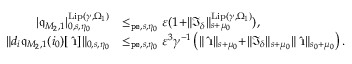
\begin{array} { r l } { | \mathfrak { q } _ { M _ { 2 } , 1 } | _ { 0 , s , \eta _ { 0 } } ^ { \mathrm { L i p } ( \gamma , \Omega _ { 1 } ) } } & { \le _ { \mathtt { p e } , s , \eta _ { 0 } } \varepsilon ( 1 + \rVert \mathfrak { I } _ { \delta } \rVert _ { s + \mu _ { 0 } } ^ { \mathrm { L i p } ( \gamma , \Omega _ { 1 } ) } ) , } \\ { \rVert d _ { i } \mathfrak { q } _ { M _ { 2 } , 1 } ( i _ { 0 } ) [ \hat { \textbf { \i } } ] \rVert _ { 0 , s , \eta _ { 0 } } } & { \le _ { \mathtt { p e } , s , \eta _ { 0 } } \varepsilon ^ { 3 } \gamma ^ { - 1 } \left( \rVert \hat { \textbf { \i } } \rVert _ { s + \mu _ { 0 } } + \rVert \mathfrak { I } _ { \delta } \rVert _ { s + \mu _ { 0 } } \rVert \hat { \textbf { \i } } \rVert _ { s _ { 0 } + \mu _ { 0 } } \right) . } \end{array}